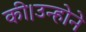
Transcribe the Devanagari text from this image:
की।उन्होने